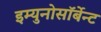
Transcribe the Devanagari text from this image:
इम्युनोसॉर्बेन्ट